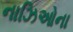
નાઝિઓના